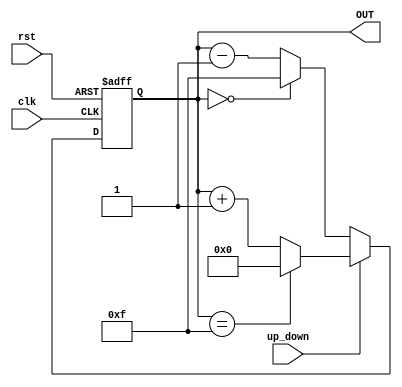
module clk_up_down(clk, rst, up_down, OUT);

input clk, rst, up_down;
output reg[3:0] OUT;

always @(posedge clk or negedge rst)
begin
	if(!rst) OUT <= 4'd0;
	else
	begin
		if(up_down)
		begin
			if(OUT == 4'd15) OUT <= 4'd0;
			else OUT <= OUT + 1;
		end
		else
		begin
			if(OUT == 4'd0) OUT <= 4'd15;
			else OUT <= OUT - 1;
		end
	end
end

endmodule